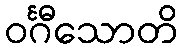
ဝင်္ဂီသောတိ